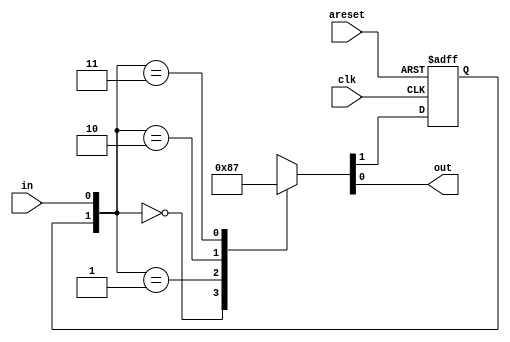
module top_module(
    input wire clk,
    input wire areset,    // Asynchronous reset to state B
    input wire in,
    output reg out
    );

    parameter A=1'b0, B=1'b1; 
    reg state, next_state;

    always @(posedge clk, posedge areset)
    begin
        if (areset) state <= B;
        else        state <= next_state;
    end
    
    always @(*)
    begin  
        case({state, in})
            {A, 1'b0}: {next_state, out} = {B, 1'b0};
            {A, 1'b1}: {next_state, out} = {A, 1'b0};
            
            {B, 1'b0}: {next_state, out} = {A, 1'b1};
            {B, 1'b1}: {next_state, out} = {B, 1'b1};
        endcase
    end

endmodule